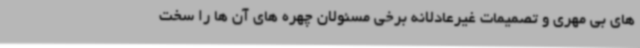
های بی مهری و تصمیمات غیرعادلانه برخی مسئولان چهره های آن ها را سخت